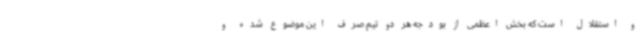
و استقلال است که بخش اعظمی از بودجه هر دو تیم صرف این موضوع شده و